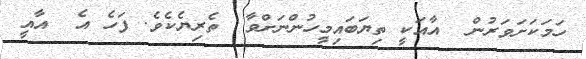
ހަމަކަށަވަރުން  އާއަކީ ތިޔަބައިމީހުންނަށްވާ  ތެރިޔެކެވެ. ފަހެ އެ  އާއީ